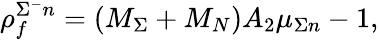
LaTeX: \rho_{f}^{\Sigma^{-}n}=(M_{\Sigma}+M_{N})A_{2}\mu_{\Sigma n}-1,